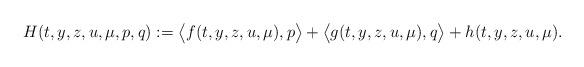
LaTeX: \begin{align*}H(t,y,z,u,\mu,p,q):=\big<f(t,y,z,u,\mu),p\big>+\big<g(t,y,z,u,\mu),q\big>+h(t,y,z,u,\mu).\end{align*}